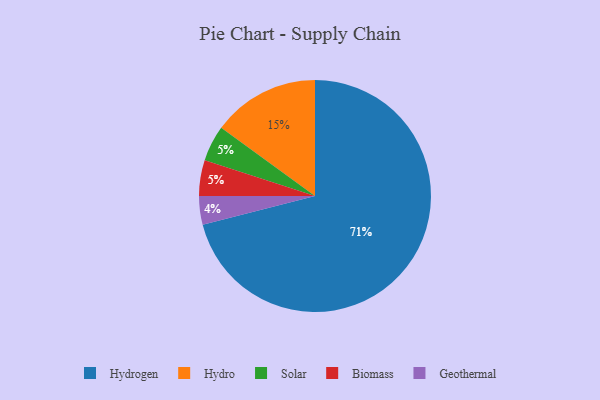
{"axis": {"x": "Category", "y": "Percentage"}, "legend": ["Biomass", "Geothermal", "Hydro", "Hydrogen", "Solar"], "data": [{"x": "Hydro", "y": 15, "type": "Hydro"}, {"x": "Solar", "y": 5, "type": "Solar"}, {"x": "Biomass", "y": 5, "type": "Biomass"}, {"x": "Geothermal", "y": 4, "type": "Geothermal"}, {"x": "Hydrogen", "y": 71, "type": "Hydrogen"}]}